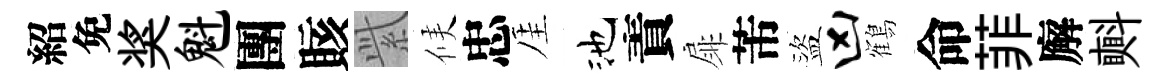
紹免奖魁團賅𬗋候忠厓池責扉芾盜凶鶴命菲廨㪺